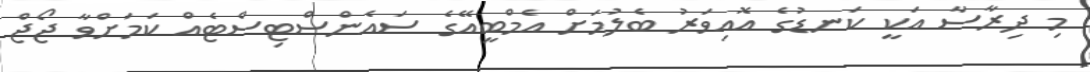
މި ދިރާސާ އަކީ ކަނޑުގެ އޮއިވަރު ބެލުމަށް އެމްބީއޭގެ ސައެންސްޓިސްޓެއް ކަމަށްވާ ޖޯޖް